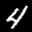
Label: 4